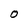
Character: O